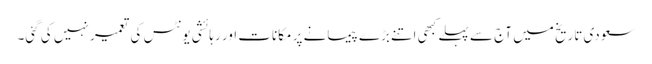
سعودی تاریخ میں آج سے پہلے کبھی اتنے بڑے پیمانے پر مکانات اور رہائشی یونٹس کی تعمیر نہیں کی گئی۔